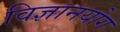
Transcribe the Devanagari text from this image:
विज्ञानयोग